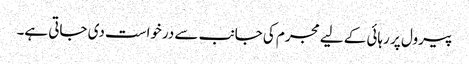
پیرول پر رہائی کے لیے مجرم کی جانب سے درخواست دی جاتی ہے۔